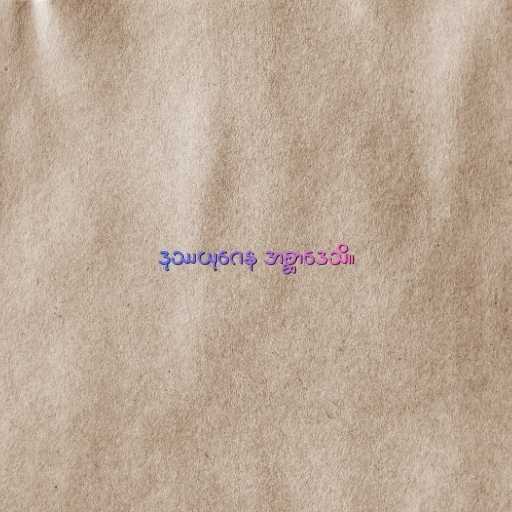
ဒုဿယုဂေန အစ္ဆာဒေသိ။